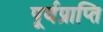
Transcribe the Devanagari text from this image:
पूर्वप्राप्ति